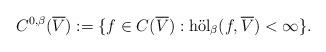
LaTeX: \begin{align*}C^{0,\beta}(\overline{V}) := \{f \in C(\overline{V}): \mathrm{h\ddot{o}l}_\beta (f,\overline{V}) < \infty \}.\end{align*}